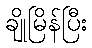
ချိုမြိန်ပြီး